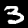
Digit: 3